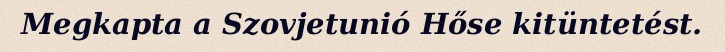
Megkapta a Szovjetunió Hőse kitüntetést.